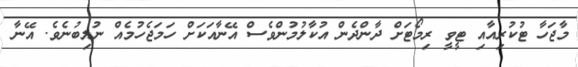
މާޖަހާ ޓުކުރިއާއި ޓީވީ ރިމޯޓަށް ދާންދެން އުކާލުމުންވެސް އޭނާއަކަށް ހަމަޖެހުމެއް ނުލިބުނެވެ. އޭނާ